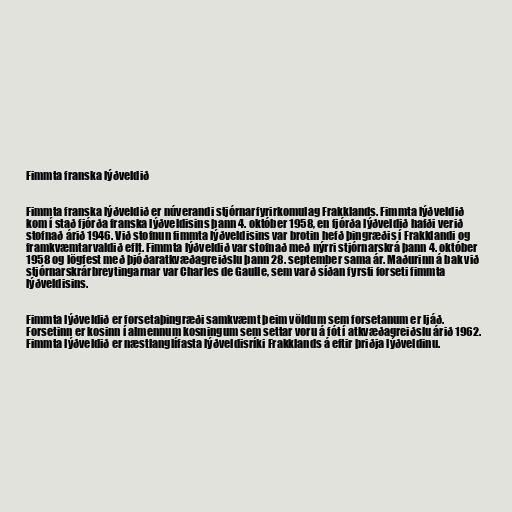
Fimmta franska lýðveldið

Fimmta franska lýðveldið er núverandi stjórnarfyrirkomulag Frakklands. Fimmta lýðveldið
kom í stað fjórða franska lýðveldisins þann 4. október 1958, en fjórða lýðveldið hafði verið
stofnað árið 1946. Við stofnun fimmta lýðveldisins var brotin hefð þingræðis í Frakklandi og
framkvæmtarvaldið eflt. Fimmta lýðveldið var stofnað með nýrri stjórnarskrá þann 4. október
1958 og lögfest með þjóðaratkvæðagreiðslu þann 28. september sama ár. Maðurinn á bak við
stjórnarskrárbreytingarnar var Charles de Gaulle, sem varð síðan fyrsti forseti fimmta
lýðveldisins.

Fimmta lýðveldið er forsetaþingræði samkvæmt þeim völdum sem forsetanum er ljáð.
Forsetinn er kosinn í almennum kosningum sem settar voru á fót í atkvæðagreiðslu árið 1962.
Fimmta lýðveldið er næstlanglífasta lýðveldisríki Frakklands á eftir þriðja lýðveldinu.